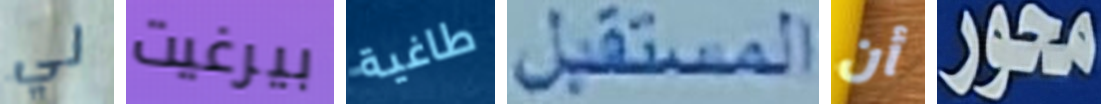
لي بيرغيت طاغية المستقبل أن محور